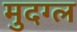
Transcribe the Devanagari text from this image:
मुदग्ल